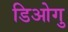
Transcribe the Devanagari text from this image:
डिओगु